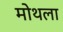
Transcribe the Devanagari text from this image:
मोथला